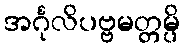
အင်္ဂုလိပဗ္ဗမတ္တမ္ပိ